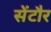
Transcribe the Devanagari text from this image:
सेंटौर